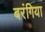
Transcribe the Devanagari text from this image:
बरंगिया